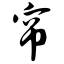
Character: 帘